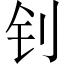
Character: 钊